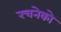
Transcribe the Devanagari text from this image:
रचनेको